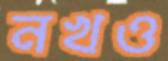
নখও